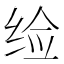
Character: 𬘪